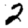
Digit: 2